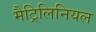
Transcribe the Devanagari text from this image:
मैट्रिलिनियल